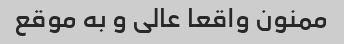
ممنون واقعا عالی و به موقع